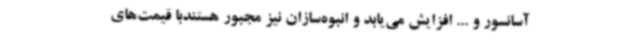
آسانسور و ... افزایش می‌یابد و انبوه‌سازان نیز مجبور هستندبا قیمت‌های